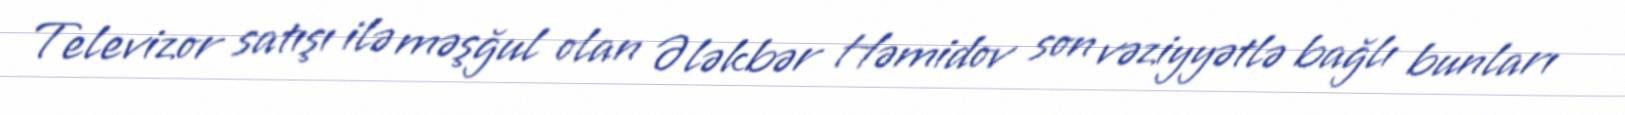
Televizor satışı ilə məşğul olan Ələkbər Həmidov son vəziyyətlə bağlı bunları